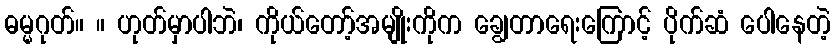
ဓမ္မဂုတ်။ ။ ဟုတ်မှာပါဘဲ၊ ကိုယ်တော့်အမျိုးကိုက ချွေတာရေးကြောင့် ပိုက်ဆံ ပေါနေတဲ့